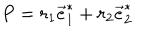
P = r _ { 1 } \vec { e } _ { 1 } ^ { * } + r _ { 2 } \vec { e } _ { 2 } ^ { * }